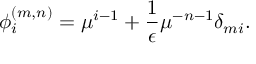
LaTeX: \phi _ { i } ^ { ( m , n ) } = \mu ^ { i - 1 } + \frac { 1 } { \epsilon } \mu ^ { - n - 1 } \delta _ { m i } .